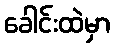
ခေါင်းထဲမှာ